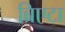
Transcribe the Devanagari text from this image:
ब्रिएटा